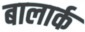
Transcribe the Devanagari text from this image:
बालार्क